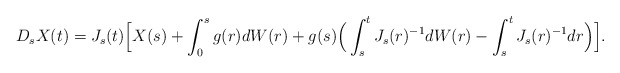
\begin{align*}D_sX(t) = J_s(t)\Big[ X(s) + \int_0^s g(r) dW(r) + g(s) \Big( \int_s^t J_s(r)^{-1} dW(r) - \int_s^t J_s(r)^{-1} dr\Big) \Big].\end{align*}